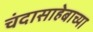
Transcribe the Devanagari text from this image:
चंदासाहेबाच्या